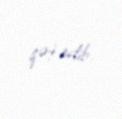
qət edib.